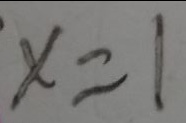
x = 1